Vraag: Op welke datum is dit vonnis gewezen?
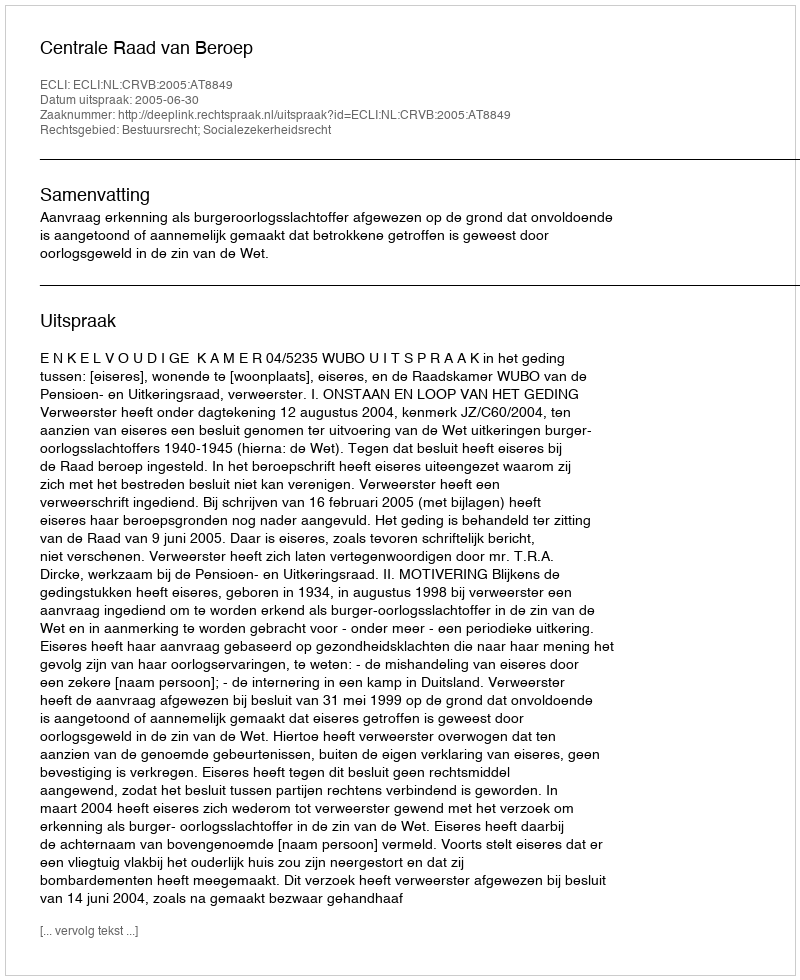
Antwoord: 2005-06-30